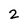
Character: 2